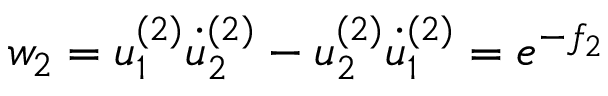
w _ { 2 } = u _ { 1 } ^ { ( 2 ) } \dot { u } _ { 2 } ^ { ( 2 ) } - u _ { 2 } ^ { ( 2 ) } \dot { u } _ { 1 } ^ { ( 2 ) } = e ^ { - f _ { 2 } }